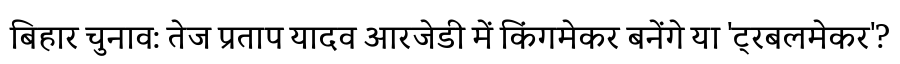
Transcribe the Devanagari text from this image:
बिहार चुनाव: तेज प्रताप यादव आरजेडी में किंगमेकर बनेंगे या 'ट्रबलमेकर'?